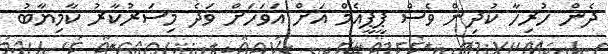
ދެން ހުރިހާ ކުދިން ވެސް ޕީޕީއެމް އަށް އަވަހަށް ވަދެ މިސަރުކާރު ކާމިޔާބު